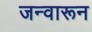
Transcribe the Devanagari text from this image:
जन्वारून